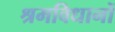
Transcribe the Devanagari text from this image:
श्रमविधानों